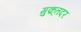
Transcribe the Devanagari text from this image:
मुक़्तदर